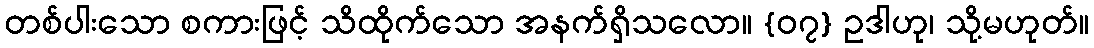
တစ်ပါးသော စကားဖြင့် သိထိုက်သော အနက်ရှိသလော။ {၀၇} ဥဒါဟု၊ သို့မဟုတ်။